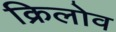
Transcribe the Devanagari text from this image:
क्रिलोव